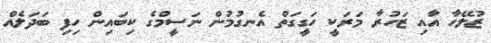
ޒުލޭހާ އާއި ޒަހުރާ މަރަކީ ހަގީގަތް އެނގުމުން ނަސީމްގެ ކިބައިން ހިފި ބަދަލެއް